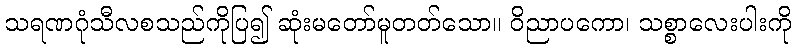
သရဏဂုံသီလစသည်ကိုပြ၍ ဆုံးမတော်မူတတ်သော။ ဝိညာပကော၊ သစ္စာလေးပါးကို